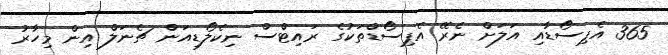
365 އެޕިސޯޑާއި އަލަށް ނެރޭ އެޕިސޯޑްތަކުގެ ރައިޓްސް ނިކެލޯޑިއަން ޗެނަލް އިން މިހާރު